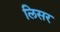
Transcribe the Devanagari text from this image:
लिसर